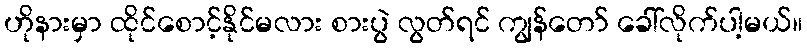
ဟိုနားမှာ ထိုင်စောင့်နိုင်မလား စားပွဲ လွတ်ရင် ကျွန်တော် ခေါ်လိုက်ပါ့မယ်။